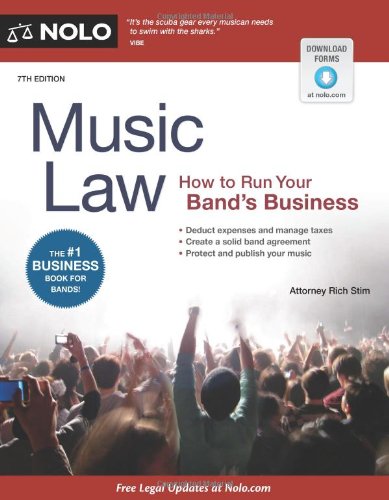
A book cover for Music Law: How to Run Your Band's Business; Richard Stim; Arts & Photography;